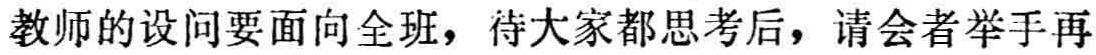
教师的设问要面向全班，待大家都思考后，请会者举手再